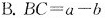
B.$$B C = a - b$$